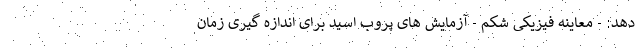
دهد: - معاینه فیزیکی شکم - آزمایش های پروب اسید برای اندازه گیری زمان